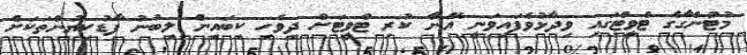
މުޓުންގާގެ ޓްވީޓްގައި ވިދާޅުވެފައިވަނީ އޭނާ ކުރި ޓްވީޓަށް ދިވެހި ކިބައިން ލިބުނު ފާޑުކިޔުންތަކަށް